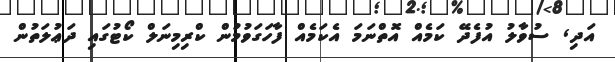
އަދި